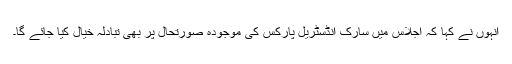
انہوں نے کہا کہ اجلاس میں سارک انڈسٹریل پارکس کی موجودہ صورتحال پر بھی تبادلہ خیال کیا جائے گا۔